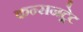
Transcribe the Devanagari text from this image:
कन्सनट्रेट